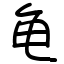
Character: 龟